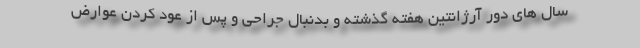
سال های دور آرژانتین هفته گذشته و بدنبال جراحی و پس از عود کردن عوارض